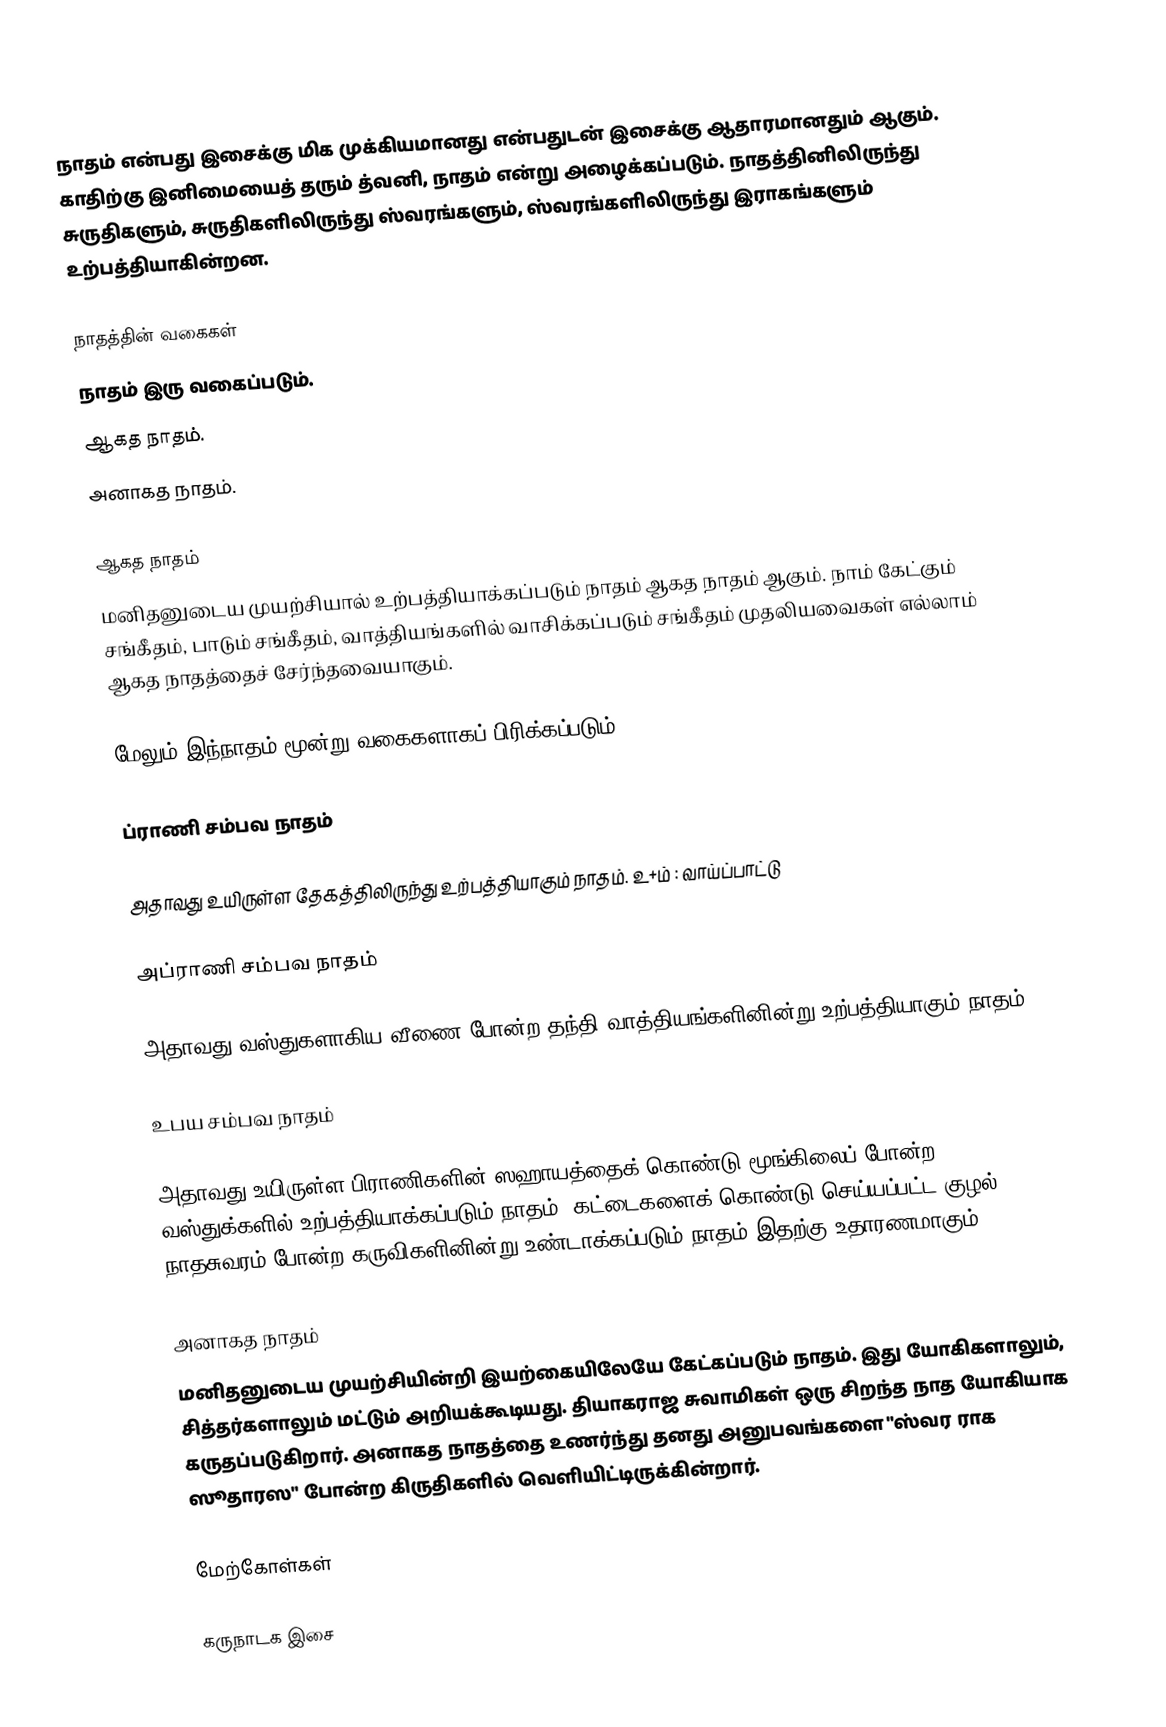
நாதம் என்பது இசைக்கு மிக முக்கியமானது என்பதுடன் இசைக்கு ஆதாரமானதும் ஆகும். காதிற்கு இனிமையைத் தரும் த்வனி, நாதம் என்று அழைக்கப்படும். நாதத்தினிலிருந்து சுருதிகளும், சுருதிகளிலிருந்து ஸ்வரங்களும், ஸ்வரங்களிலிருந்து இராகங்களும் உற்பத்தியாகின்றன.

நாதத்தின் வகைகள்
நாதம் இரு வகைப்படும்.
 ஆகத நாதம்.
 அனாகத நாதம்.

ஆகத நாதம்
மனிதனுடைய முயற்சியால் உற்பத்தியாக்கப்படும் நாதம் ஆகத நாதம் ஆகும். நாம் கேட்கும் சங்கீதம், பாடும் சங்கீதம், வாத்தியங்களில் வாசிக்கப்படும் சங்கீதம் முதலியவைகள் எல்லாம் ஆகத நாதத்தைச் சேர்ந்தவையாகும்.

மேலும் இந்நாதம் மூன்று வகைகளாகப் பிரிக்கப்படும்,

 ப்ராணி சம்பவ நாதம்

அதாவது உயிருள்ள தேகத்திலிருந்து உற்பத்தியாகும் நாதம். உ+ம் : வாய்ப்பாட்டு

 அப்ராணி சம்பவ நாதம்

அதாவது வஸ்துகளாகிய வீணை போன்ற தந்தி வாத்தியங்களினின்று உற்பத்தியாகும் நாதம்.

 உபய சம்பவ நாதம்

அதாவது உயிருள்ள பிராணிகளின் ஸஹாயத்தைக் கொண்டு மூங்கிலைப் போன்ற வஸ்துக்களில் உற்பத்தியாக்கப்படும் நாதம். கட்டைகளைக் கொண்டு செய்யப்பட்ட குழல், நாதசுவரம் போன்ற கருவிகளினின்று உண்டாக்கப்படும் நாதம் இதற்கு உதாரணமாகும்

அனாகத நாதம்
மனிதனுடைய முயற்சியின்றி இயற்கையிலேயே கேட்கப்படும் நாதம். இது யோகிகளாலும், சித்தர்களாலும் மட்டும் அறியக்கூடியது. தியாகராஜ சுவாமிகள் ஒரு சிறந்த நாத யோகியாக கருதப்படுகிறார். அனாகத நாதத்தை உணர்ந்து தனது அனுபவங்களை "ஸ்வர ராக ஸூதாரஸ" போன்ற கிருதிகளில் வெளியிட்டிருக்கின்றார்.

மேற்கோள்கள்

கருநாடக இசை